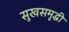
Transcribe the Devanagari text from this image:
सुखसमृद्धी